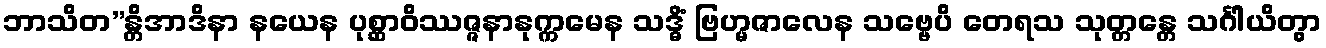
ဘာသိတ”န္တိအာဒိနာ နယေန ပုစ္ဆာဝိဿဇ္ဇနာနုက္ကမေန သဒ္ဓိံ ဗြဟ္မဇာလေန သဗ္ဗေပိ တေရသ သုတ္တန္တေ သင်္ဂါယိတွာ